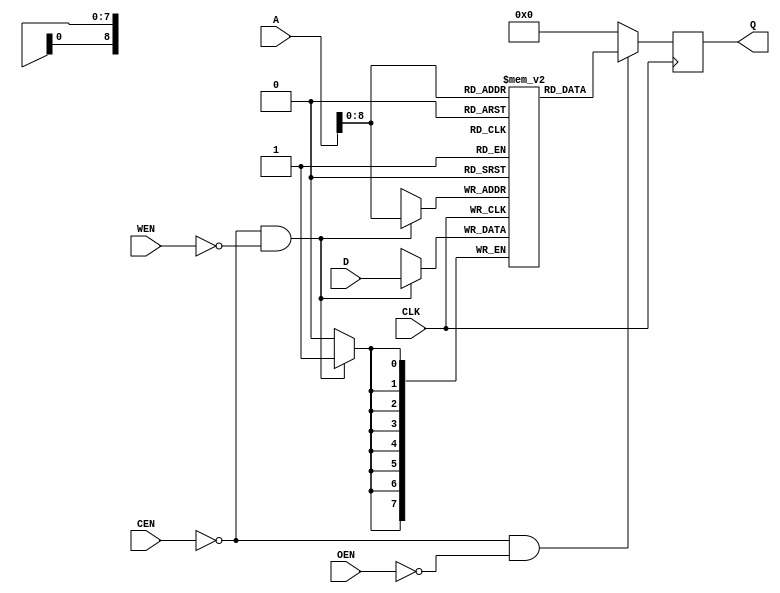
//================================================================================
// Description        : for sim
//                      
//                      
//================================================================================

module sram(
CLK                          ,
CEN                          ,
WEN                          ,
A                            ,
D                            ,
OEN                          ,
Q
);
parameter  aw = 32 ;
parameter  dw = 8  ;
parameter  depth = 512 ;
input          CLK           ; //clock
input          CEN           ;
input          WEN           ;
input          OEN           ;
input  [aw-1:0]A             ;
input  [dw-1:0]D             ;
output [dw-1:0]Q             ;
reg    [dw-1:0]Q             ;

reg    [dw-1:0]m[depth-1:0]  ;
integer        i             ;
initial begin
  for(i=0; i<depth; i=i+1) begin
    m[i] = {dw{1'b0}} ;
  end
end

always@(posedge CLK)
begin
  if(~CEN & ~WEN) begin
    m[A] <= #1 D ;
    $display("Write Data : %h at Address: %h",D,A);
  end
end

always@(posedge CLK)
begin
  if(~CEN & ~OEN)
    Q <= #1 m[A] ;
  else
    Q <= #1 {dw{1'b0}} ;
end


endmodule